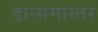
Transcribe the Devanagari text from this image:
डान्समास्तर